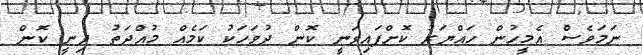
ނަމަވެސް އެމީހުން ހައްޔަރު ކޮށްފައިވަނީ ކޮން ދުވަހަކު ކަމެއް މުއްދަތު ދިނީ ކޮން